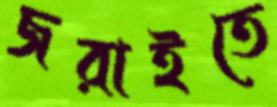
জরাইতে